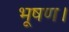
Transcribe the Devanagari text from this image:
भूषण।